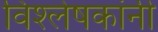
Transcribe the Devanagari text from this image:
विश्लेषकांनी